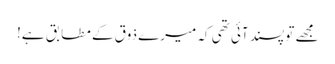
مجھے تو پسند آئی تھی کہ میرے ذوق کے مطابق ہے!